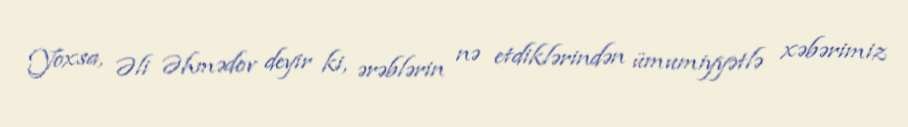
Yoxsa, Əli Əhmədov deyir ki, ərəblərin nə etdiklərindən ümumiyyətlə xəbərimiz